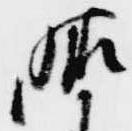
晴